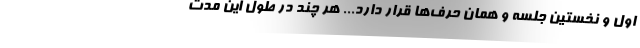
اول و نخستین جلسه و همان حرف‌ها قرار دارد... هر چند در طول این مدت